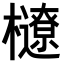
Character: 𣟆